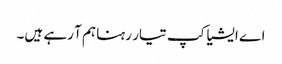
اے ایشیا کپ تیار رہنا ہم آ رہے ہیں۔